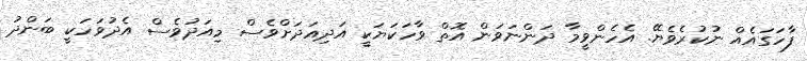
ފާހަގައެއް ނުކުރެވެޔޭ. އެހެންވީމާ ދަންނަވަން އޮތް ވާހަކަޔަކީ އަދިއަދަށްވެސް މިއަދުވެސް އެދުވަހަކީ ބަންދު